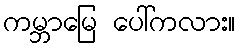
ကမ္ဘာမြေ ပေါ်ကလား။